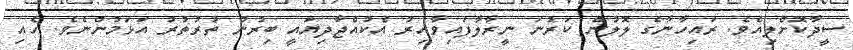
ސީދާކޮށްލިއެވެ. ރައިހާނާގެ ލޮލުން ކަރުނަ ނީރާލާފައިވާއިރު އެކުއްޖާދިޔައީ ބިރުން ތުރުތުރު އަޅަމުންނެވެ. ހެއި